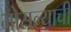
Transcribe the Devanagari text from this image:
भोसल्याची